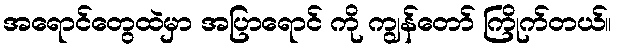
အရောင်တွေထဲမှာ အပြာရောင် ကို ကျွန်တော် ကြိုက်တယ်။